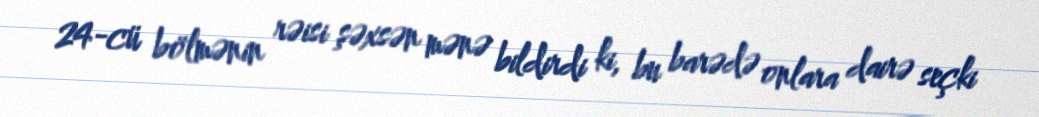
24-cü bölmənin rəisi şəxsən mənə bildirdi ki, bu barədə onlara dairə seçki